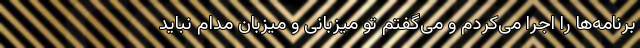
برنامه‌ها را اجرا می‌کردم و می‌گفتم تو میزبانی و میزبان مدام نباید